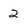
Character: 2